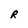
Character: R